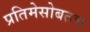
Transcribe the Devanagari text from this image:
प्रतिमेसोबतच